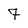
Character: 7